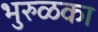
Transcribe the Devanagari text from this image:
भुरुळका